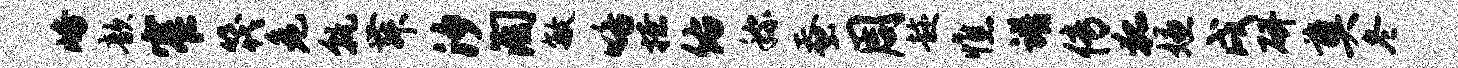
峪歆窄筏危孰舞汐淘敏咯撩佑称蚕周趁憔谱传狐嫌戌研奠冬